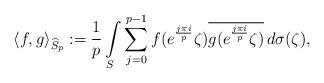
LaTeX: \begin{align*}\left\langle f,g\right\rangle _{ \widehat{S}_p }:=\frac{1}{p} \int\limits_S \sum_{j=0}^{p-1}f(e^{\frac{j\pi i}{p}} \zeta )\overline{g(e^{\frac{j\pi i}{p}} \zeta )}\,d\sigma (\zeta),\end{align*}